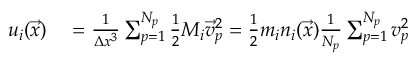
\begin{array} { r l } { u _ { i } ( \vec { x } ) } & { { } = \frac { 1 } { \Delta x ^ { 3 } } \sum _ { p = 1 } ^ { N _ { p } } \frac { 1 } { 2 } M _ { i } \vec { v } _ { p } ^ { 2 } = \frac { 1 } { 2 } m _ { i } n _ { i } ( \vec { x } ) \frac { 1 } { N _ { p } } \sum _ { p = 1 } ^ { N _ { p } } v _ { p } ^ { 2 } } \end{array}